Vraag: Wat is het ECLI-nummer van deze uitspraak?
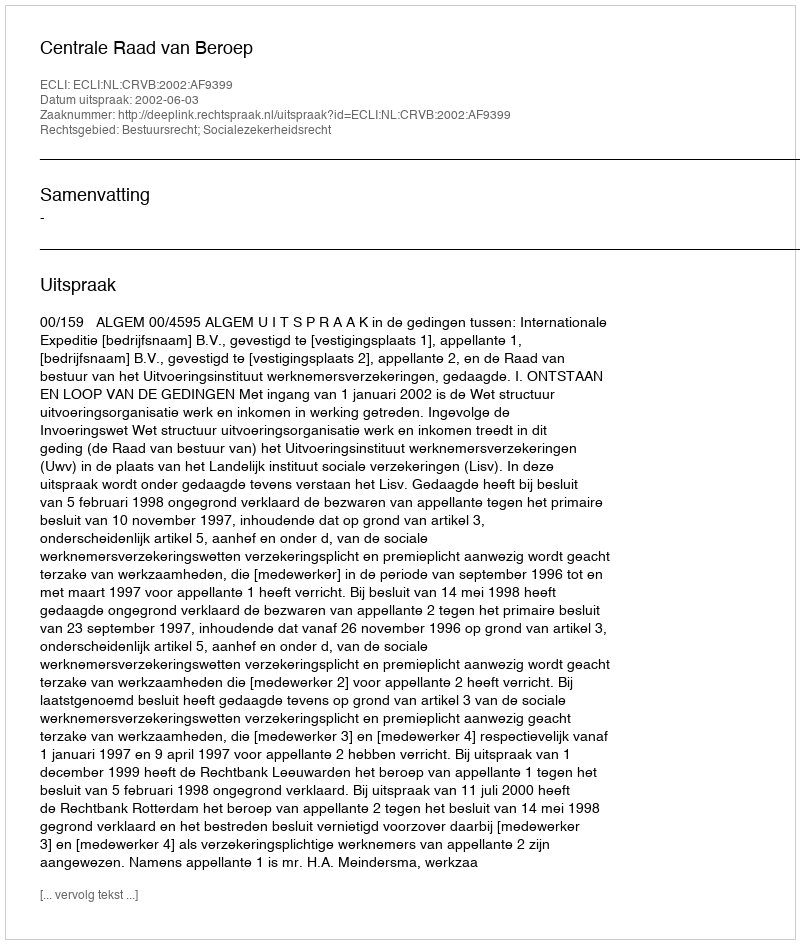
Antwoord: ECLI:NL:CRVB:2002:AF9399